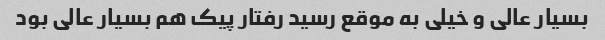
بسیار عالی و خیلی به موقع رسید رفتار پیک هم بسیار عالی بود